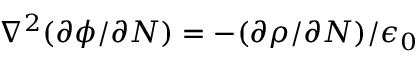
\nabla ^ { 2 } ( \partial \phi / \partial N ) = - ( \partial \rho / \partial N ) / \epsilon _ { 0 }